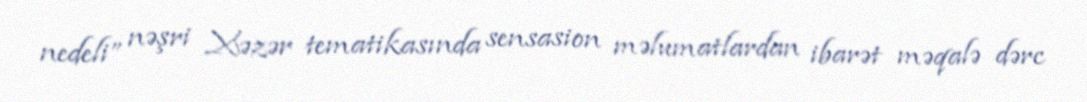
nedeli” nəşri Xəzər tematikasında sensasion məlumatlardan ibarət məqalə dərc